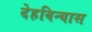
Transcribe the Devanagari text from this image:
देहविन्यास